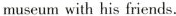
museum with his friends.